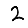
Digit: 2